Annual report on the Civil Veterinary Department, Burma (including the Insein Veterinary School) - 1932-1941
Year: 1932
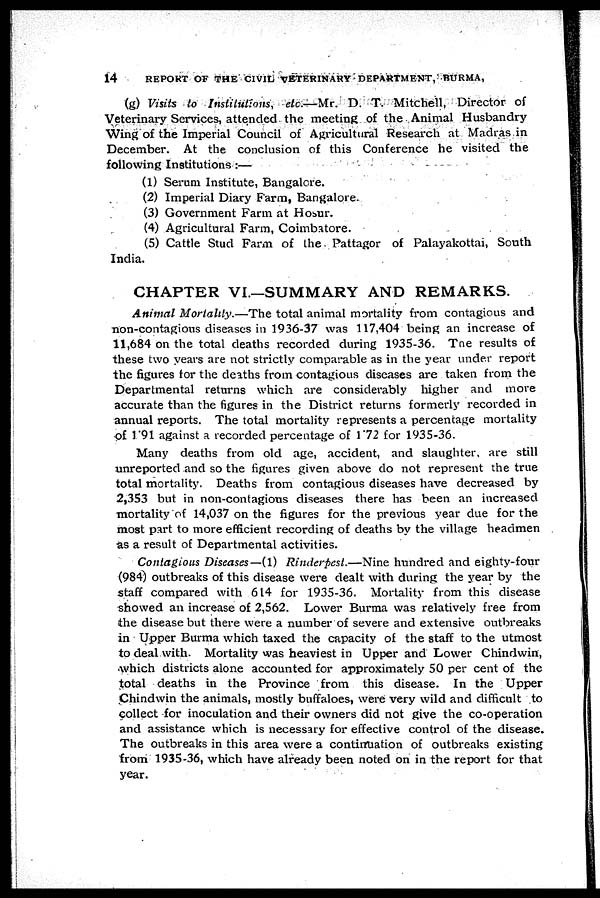
14
REPORT OF THE CIVIL VETERINARY DEPARTMENT, BURMA,
(g) Visits to Institutions,
etc.—Mr. D. T. Mitchell, Director of
Veterinary Services, attended the meeting of the Animal Husbandry
Wing of the Imperial Council of Agricultural Research at Madras in
December. At the conclusion of this Conference he visited the
following Institutions :—
(1) Serum Institute, Bangalore.
(2) Imperial Diary Farm, Bangalore.
(3) Government Farm at Hosur.
(4) Agricultural Farm, Coimbatore.
(5) Cattle Stud Farm of the Pattagor of Palayakottai, South
India.
CHAPTER VI.—SUMMARY AND REMARKS.
Animal Mortality.—The
total animal mortality from contagious and
non-contagious diseases in 1936-37 was 117,404 being an increase of
11,684 on the total deaths recorded during 1935-36. The results of
these two years are not strictly comparable as in the year under report
the figures for the deaths from contagious diseases are taken from the
Departmental returns which are considerably higher and more
accurate than the figures in the District returns formerly recorded in
annual reports. The total mortality represents a percentage mortality
of 1 "91 against a recorded percentage of 1.72 for 1935-36.
Many deaths from old age, accident, and slaughter, are still
unreported and so the figures given above do not represent the true
total mortality. Deaths from contagious diseases have decreased by
2,353 but in non-contagious diseases there has been an increased
mortality of 14,037 on the figures for the previous year due for the
most part to more efficient recording of deaths by the village headmen
as a result of Departmental activities.
Contagious Diseases—(1) Rinderpest.—Nine
hundred and eighty-four
(984) outbreaks of this disease were dealt with during the year by the
staff compared with 614 for 1935-36. Mortality from this disease
showed an increase of 2,562. Lower Burma was relatively free from
the disease but there were a number of severe and extensive outbreaks
in Upper Burma which taxed the capacity of the staff to the utmost
to deal with. Mortality was heaviest in Upper and Lower Chindwin,
which districts alone accounted for approximately 50 per cent of the
total deaths in the Province from this disease. In the Upper
Chindwin the animals, mostly buffaloes, were very wild and difficult to
collect for inoculation and their owners did not give the co-operation
and assistance which is necessary for effective control of the disease.
The outbreaks in this area were a continuation of outbreaks existing
from 1935-36, which have already been noted on in the report for that
year.